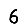
Digit: 6